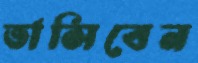
ভাসিবেন